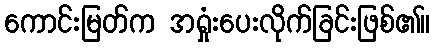
ကောင်းမြတ်က အရှုံးပေးလိုက်ခြင်းဖြစ်၏။